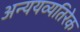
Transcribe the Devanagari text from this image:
अन्ययव्यतिरेक